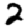
Digit: 2